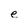
Character: e